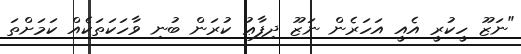
"ނަޒޫ ހީކުރީ އެއީ އަހަރެން ނަޒޫ ދިފާޢު ކުރަން ބުނި ވާހަކަތަކެއް ކަމަށްތަ